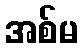
အစ်မ